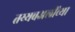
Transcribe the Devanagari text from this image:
तय्यबअलींच्या